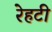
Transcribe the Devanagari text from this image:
रेहटी